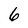
Character: 6